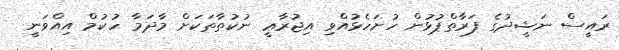
ރައީސް ނަޝީދުގެ ފަރާތްޕުޅުން ހުށަހެޅުއްވި އިޖުރާޢީ ނުކުތާތަކަށް މާދަމާ ހުކުމް އިއްވަނީ